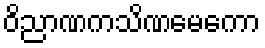
ဝိညာဏကသိဏမေကော